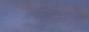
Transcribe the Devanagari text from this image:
आयोमात्मक